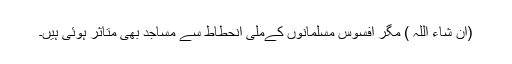
(ان شاء اللہ ) مگر افسوس مسلمانوں کےملی انحطاط سے مساجد بھی متاثر ہوئی ہیں۔